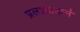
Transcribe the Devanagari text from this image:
प्रलाक्षाकर्म